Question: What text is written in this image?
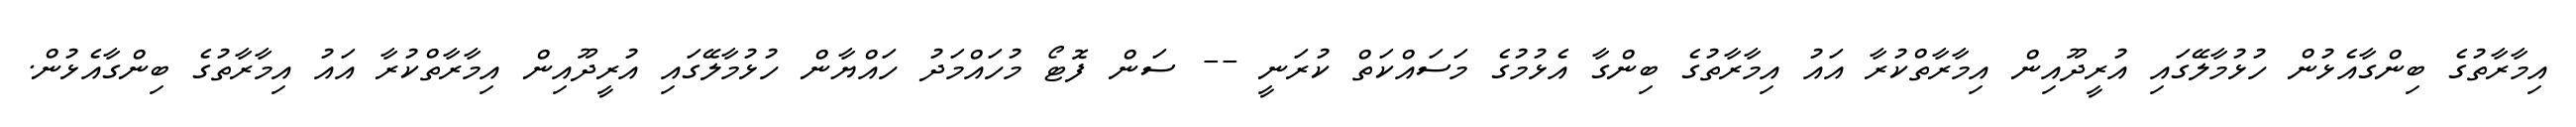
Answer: އިމާރާތުގެ ބިންގާއެޅުން ހުޅުމާލޭގައި އުރީދޫއިން އިމާރާތްކުރާ އައު އިމާރާތުގެ ބިންގާ އެޅުމުގެ މަސައްކަތް ކުރަނީ -- ސަން ފޮޓޯ މުހައްމަދު ހައްޔާން ހުޅުމާލޭގައި އުރީދޫއިން އިމާރާތްކުރާ އައު އިމާރާތުގެ ބިންގާއެޅުން.